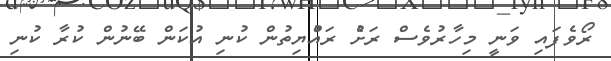
ރޯވެފައި ވަނީ މިހާރުވެސް ރަށުެ ރައްުުޔިތުން ކުނި އުކަން ބޭނުން ކުރާ ކުނި